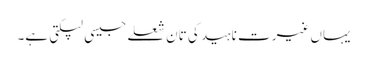
یہاں غیرتِ ناہید کی تان شعلے جیسی لپکتی ہے۔